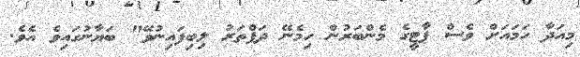
މިއަދާ ހަމައަށް ވެސް ޕާޓީގެ މެންބަރުން ހިމެނޭ ދަފްތަރު ލިބިފައިނުވޭ" ބަޔާނުގައިވެ އެވެ.